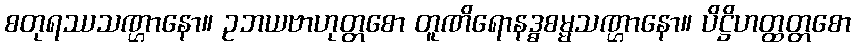
စတုရဿသဏ္ဌာနော။ ဥဘယဗာဟုတ္တစော တူဏိရောနဒ္ဓစမ္မသဏ္ဌာနော။ ပိဋ္ဌိဟတ္ထတ္တစော